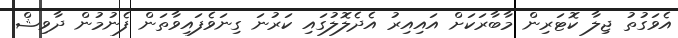
އެވަގުތު ޖިލާ ކޮޓަރިން މާބާރަކަށް އައިއިރު އެދެލޮލުގައި ކަރުނަ ގިނަވެފައިވާތަން ފެނުމުން ދާވިޝް